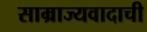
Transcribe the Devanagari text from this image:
साम्राज्यवादाची